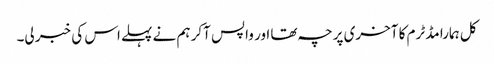
کل ہمارا مڈٹرم کا آخری پرچہ تھا اور واپس آکر ہم نے پہلے اس کی خبر لی۔